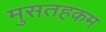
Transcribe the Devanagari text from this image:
मुसतहकम